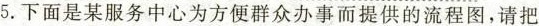
5.下面是某服务中心为方便群众办事而提供的流程图，请把